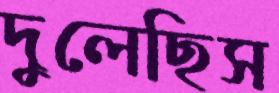
দুলেছিস